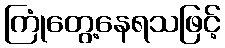
ကြုံတွေ့နေရသဖြင့်